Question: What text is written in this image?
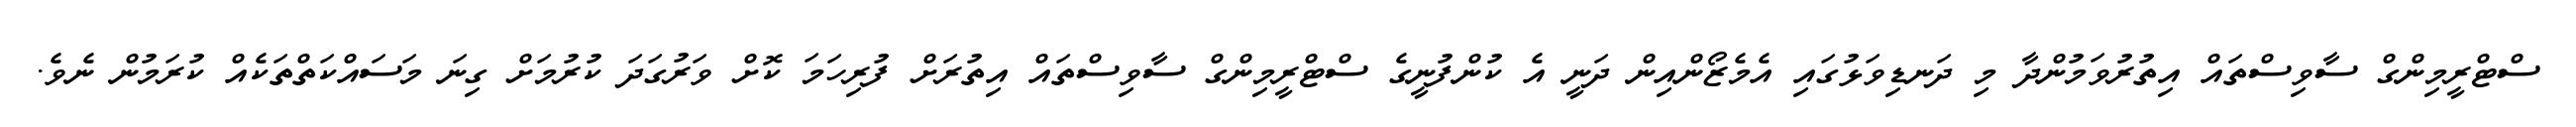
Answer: ސްޓްރީމިންގް ސާވިސްތައް އިތުރުވަމުންދާ މި ދަނޑިވަޅުގައި އެމެޒޯންއިން ދަނީ އެ ކުންފުނީގެ ސްޓްރީމިންގް ސާވިސްތައް އިތުރަށް ފުރިހަމަ ކޮށް ވަރުގަދަ ކުރުމަށް ގިނަ މަސައްކަތްތަކެއް ކުރަމުން ނެވެ.